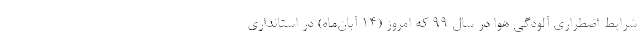
شرایط اضطراری آلودگی هوا در سال ۹۹ که امروز (۱۴ آبان‌ماه) در استانداری